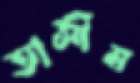
তাসীম